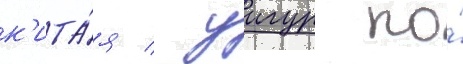
к'ита́я / уигур по́